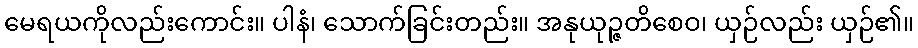
မေရယကိုလည်းကောင်း။ ပါနံ၊ သောက်ခြင်းတည်း။ အနုယုဉ္ဇတိစေဝ၊ ယှဉ်လည်း ယှဉ်၏။